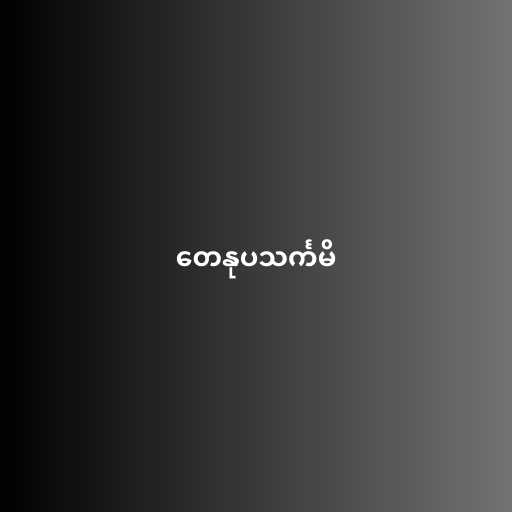
တေနုပသင်္ကမိ